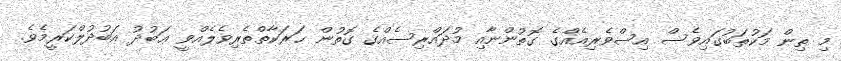
މި ތިން މަކުތަބުގައިވެސް އިސްވެރިއެއްގެ ގޮތުންނާއި މުދައްރިސެއްގެ ގޮތުން ޙަރަކާތްތެރިވެލެއްވީ ޢަބުދު އަބުދުލްކަރީމެވެ.